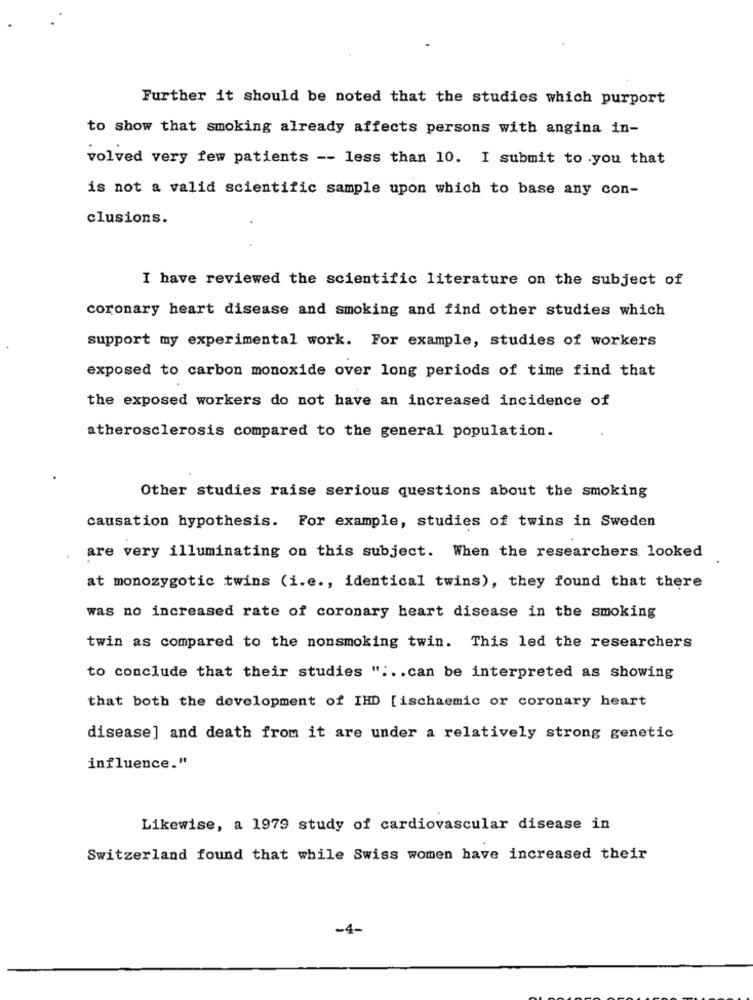
Further it should be noted that the studies which purport
to show that smoking already affects persons with angina in-
volved very few patients -- less than 10. I submit to .you that
is not a valid scientific sample upon which to base any con-
clusions.
I have reviewed the scientific literature on the subject of
coronary heart disease and smoking and find other studies which
support my experimental work. For example, studies of workers
exposed to carbon monoxide over long periods of time find that
the exposed workers do not have an increased incidence of
atherosclerosis compared to the general population.
Other studies raise serious questions about the smoking
causation hypothesis. For example, studies of twins in Sweden
are very illuminating on this subject. When the researchers looked
at monozygotic twins (i.e ., identical twins), they found that there
was no increased rate of coronary heart disease in the smoking
twin as compared to the nonsmoking twin. This led the researchers
to conclude that their studies " :.. can be interpreted as showing
that both the development of IHD [ischaemic or coronary heart
disease] and death from it are under a relatively strong genetic
influence."
Likewise, a 1979 study of cardiovascular disease in
Switzerland found that while Swiss women have increased their
-4-